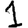
Digit: 1